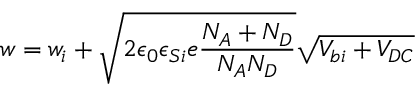
w = w _ { i } + \sqrt { 2 \epsilon _ { 0 } \epsilon _ { S i } e \frac { N _ { A } + N _ { D } } { N _ { A } N _ { D } } } \sqrt { V _ { b i } + V _ { D C } }